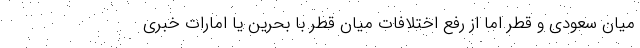
میان سعودی و قطر اما از رفع اختلافات میان قطر با بحرین یا امارات خبری